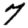
Digit: 7